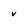
Character: V